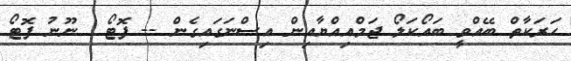
ހަރަކާތް ބޭއްވީ ބައޯކަލޯ ޖަމްއިއްޔާއިން އިސްނަގައިގެން -- ފޮޓޯ  ނޫނު ފޮޓޯ